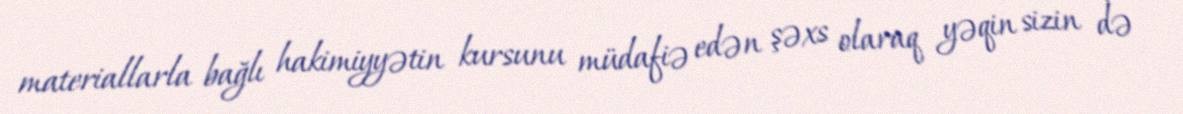
materiallarla bağlı hakimiyyətin kursunu müdafiə edən şəxs olaraq yəqin sizin də